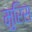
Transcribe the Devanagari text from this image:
मुरिस